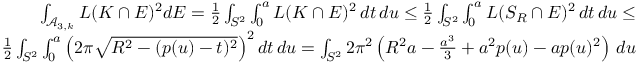
\begin{array} { r } { \int _ { \mathcal { A } _ { 3 , k } } L ( K \cap E ) ^ { 2 } d E = \frac { 1 } { 2 } \int _ { S ^ { 2 } } \int _ { 0 } ^ { a } L ( K \cap E ) ^ { 2 } \, d t \, d u \leq \frac { 1 } { 2 } \int _ { S ^ { 2 } } \int _ { 0 } ^ { a } L ( S _ { R } \cap E ) ^ { 2 } \, d t \, d u \leq } \\ { \frac { 1 } { 2 } \int _ { S ^ { 2 } } \int _ { 0 } ^ { a } \left( 2 \pi \sqrt { R ^ { 2 } - ( p ( u ) - t ) ^ { 2 } } \right) ^ { 2 } d t \, d u = \int _ { S ^ { 2 } } 2 \pi ^ { 2 } \left( R ^ { 2 } a - \frac { a ^ { 3 } } { 3 } + a ^ { 2 } p ( u ) - a p ( u ) ^ { 2 } \right) \, d u } \end{array}